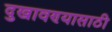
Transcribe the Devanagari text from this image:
दुखावण्यासाठी